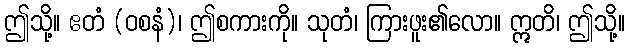
ဤသို့။ ဧတံ (ဝစနံ)၊ ဤစကားကို။ သုတံ၊ ကြားဖူး၏လော။ ဣတိ၊ ဤသို့။